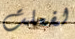
لفعلت